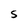
Character: S